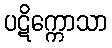
ပဋိက္ကောသာ